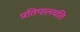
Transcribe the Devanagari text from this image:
प्रतिपालयति